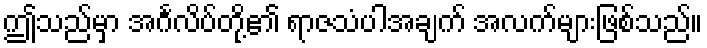
ဤသည်မှာ အင်္ဂလိပ်တို့၏ ရာဇသံပါအချက် အလက်များဖြစ်သည်။